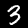
Label: 3